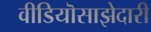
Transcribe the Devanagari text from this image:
वीडियॊसाझेदारी